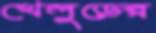
খেলুড়ের